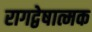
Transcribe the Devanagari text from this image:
रागद्वेषात्मक